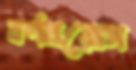
বর্ণপ্রয়োগ